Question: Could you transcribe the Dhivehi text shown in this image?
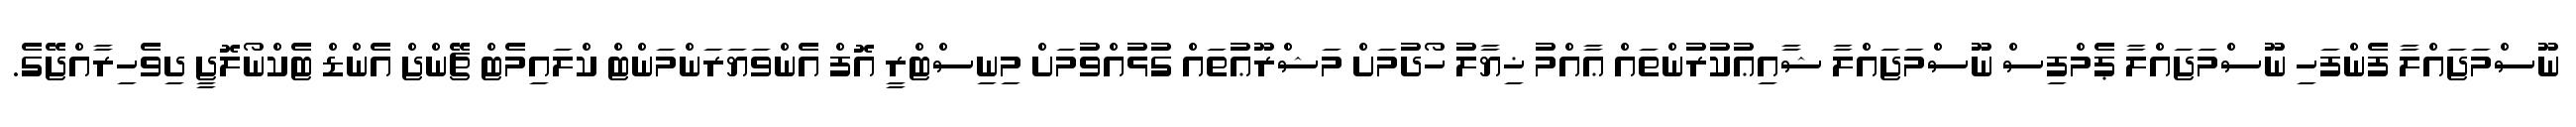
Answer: ނޫސްމަޖައްލާ ފެންފަހި ނޫސްމަޖައްލާ ޕެމްފިސް ނޫސްމަޖައްލާ ޝާއިޢުކުރުންތައް ޢާއްމު ޚިޔާލު ހޯދުމަށް މަޝްރޫޢުތައް ގުޅުއްވުމަށް މިނިސްޓްރީ އޮފް އެންވަޔަރަންމަންޓް ކްލައިމެޓް ޗޭންޖް އެންޑް ޓެކްނޯލޮޖީ ދިވެހިރާއްޖޭގެ.